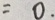
= 0 .